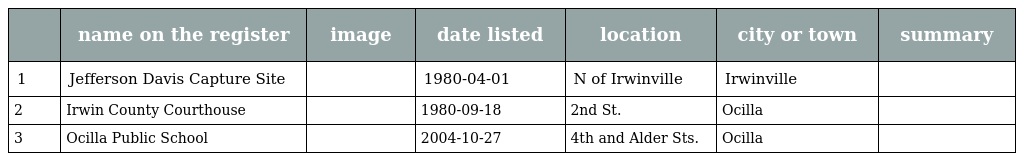
|  | name on the register | image | date listed | location | city or town | summary |
 | --- | --- | --- | --- | --- | --- | --- |
 | 1 | Jefferson Davis Capture Site |  | 1980-04-01 | N of Irwinville | Irwinville |  |
 | 2 | Irwin County Courthouse |  | 1980-09-18 | 2nd St. | Ocilla |  |
 | 3 | Ocilla Public School |  | 2004-10-27 | 4th and Alder Sts. | Ocilla |  |